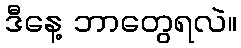
ဒီနေ့ ဘာတွေရလဲ။